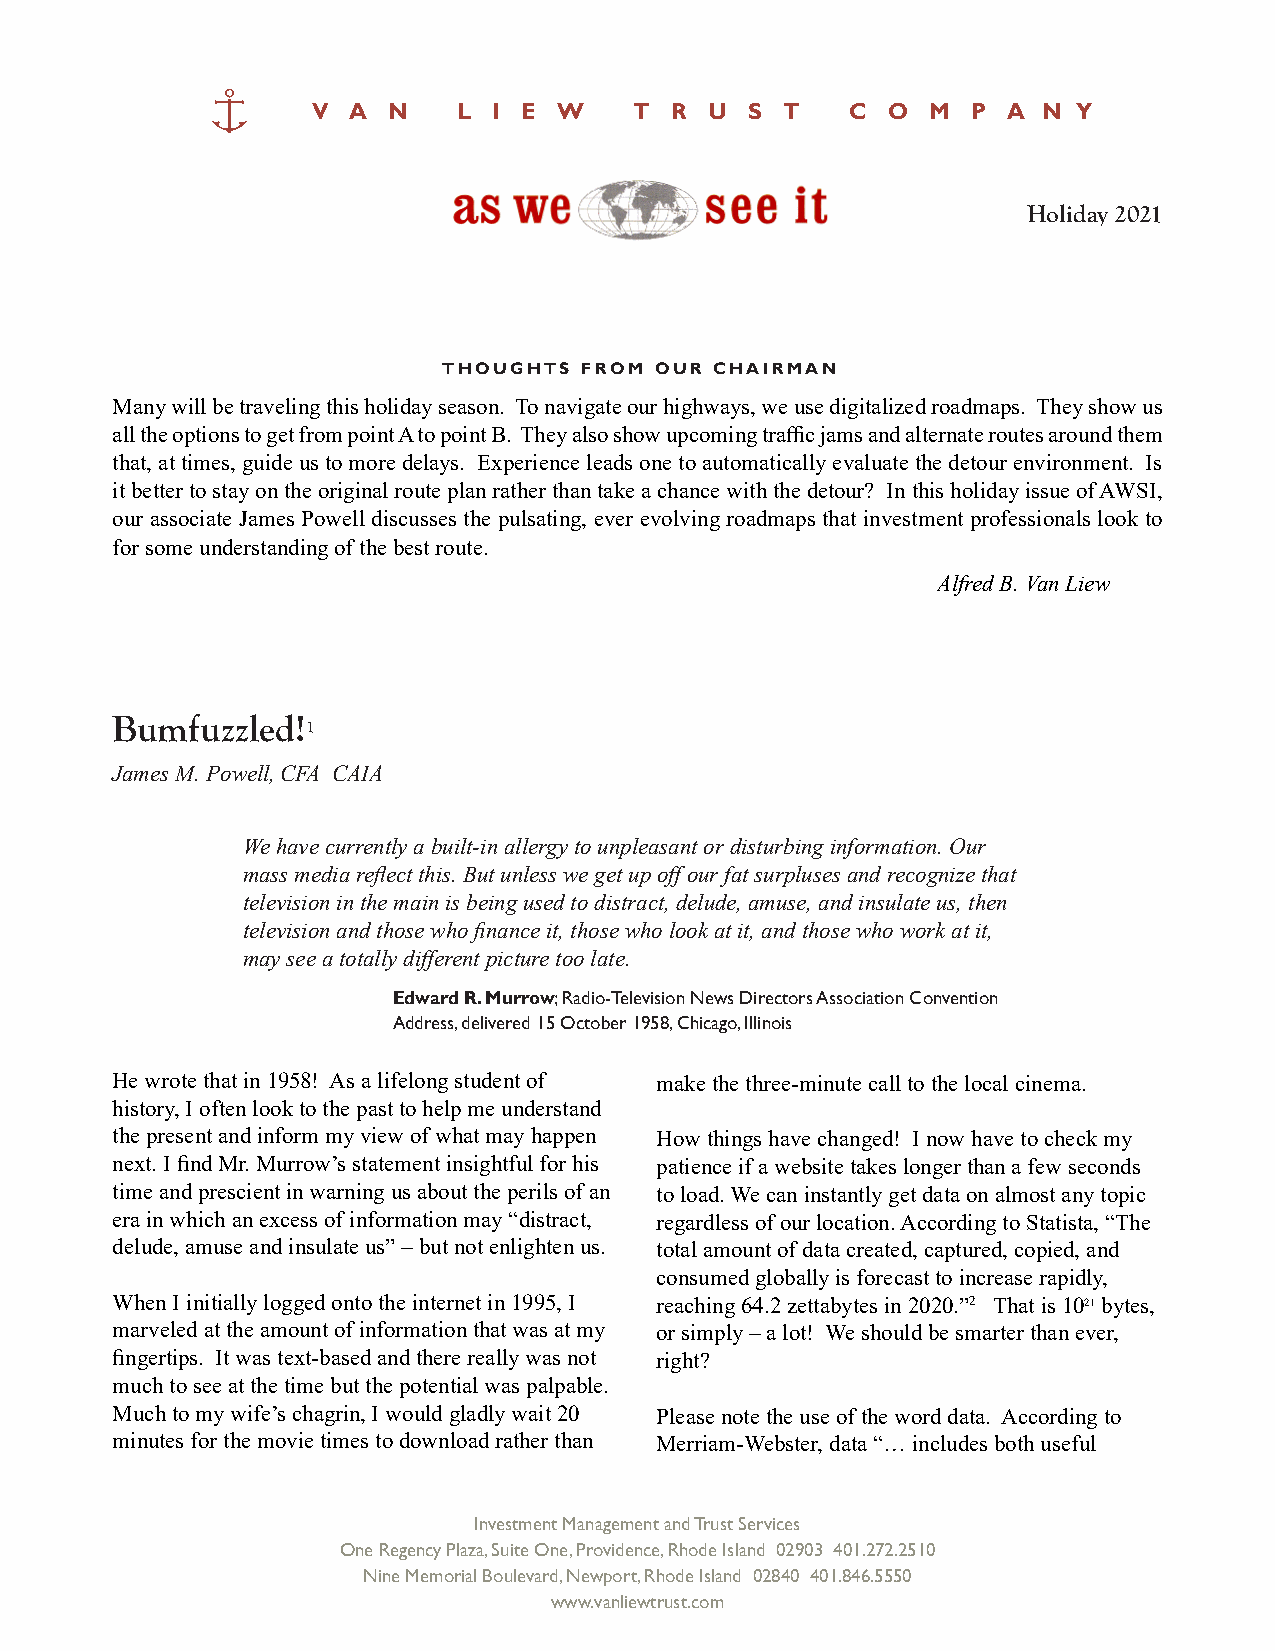
V A  N   L  I E W    T R  U  S T   C  O  M P  A N Y
 Holiday 2021
 THOUGHTS  FROM OUR CHAIRMAN
 Many will be traveling this holiday season. To navigate our highways, we use digitalized roadmaps. They show us
 all the options to get from point A to point B. They also show upcoming traffic jams and alternate routes around them
 that, at times, guide us to more delays. Experience leads one to automatically evaluate the detour environment. Is
 it better to stay on the original route plan rather than take a chance with the detour? In this holiday issue of AWSI,
 our associate James Powell discusses the pulsating, ever evolving roadmaps that investment professionals look to
 for some understanding of the best route.
 Alfred B. Van Liew
 Bumfuzzled!1
 James M. Powell, CFA CAIA
 We have currently a built-in allergy to unpleasant or disturbing information. Our
 mass media reflect this. But unless we get up off our fat surpluses and recognize that
 television in the main is being used to distract, delude, amuse, and insulate us, then
 television and those who finance it, those who look at it, and those who work at it,
 may see a totally different picture too late.
 Edward R. Murrow; Radio-Television News Directors Association Convention
 Address, delivered 15 October 1958, Chicago, Illinois
 He wrote that in 1958! As a lifelong student of make the three-minute call to the local cinema.
 history, I often look to the past to help me understand
 the present and inform my view of what may happen How things have changed! I now have to check my
 next. I find Mr. Murrow’s statement insightful for his patience if a website takes longer than a few seconds
 time and prescient in warning us about the perils of an to load. We can instantly get data on almost any topic
 era in which an excess of information may “distract, regardless of our location. According to Statista, “The
 delude, amuse and insulate us” – but not enlighten us. total amount of data created, captured, copied, and
 consumed globally is forecast to increase rapidly,
 When I initially logged onto the internet in 1995, I reaching 64.2 zettabytes in 2020.”2 That is 1021 bytes,
 marveled at the amount of information that was at my or simply – a lot! We should be smarter than ever,
 fingertips. It was text-based and there really was not right?
 much to see at the time but the potential was palpable.
 Much to my wife’s chagrin, I would gladly wait 20 Please note the use of the word data. According to
 minutes for the movie times to download rather than Merriam-Webster, data “… includes both useful
 Investment Management and Trust Services
 One Regency Plaza, Suite One, Providence, Rhode Island 02903 401.272.2510
 Nine Memorial Boulevard, Newport, Rhode Island 02840 401.846.5550
 www.vanliewtrust.com